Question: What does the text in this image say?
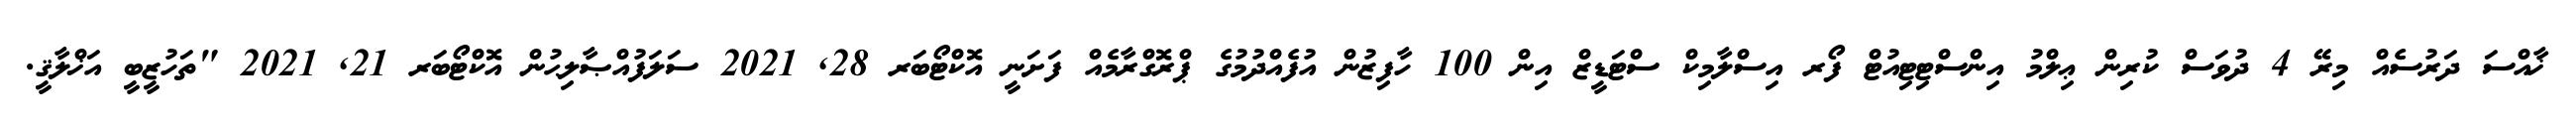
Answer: ޚާއްސަ ދަރުސެއް މިރޭ 4 ދުވަސް ކުރިން ޢިލްމު އިންސްޓިޓިއުޓް ފޯރ އިސްލާމިކް ސްޓަޑީޒް އިން 100 ހާފިޒުން އުފެއްދުމުގެ ޕްރޮގްރާމެއް ފަށަނީ އޮކްޓޯބަރ 28, 2021 ސަލަފުއްޞާލިޙުން އޮކްޓޯބަރ 21, 2021 "ތަހުޒީބީ އަޚްލާޤީ.